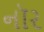
નૉર